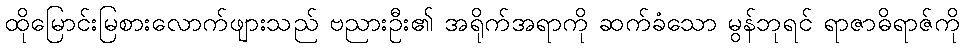
ထိုမြောင်းမြစားလောက်ဖျားသည် ဗညားဦး၏ အရိုက်အရာကို ဆက်ခံသော မွန်ဘုရင် ရာဇာဓိရာဇ်ကို